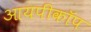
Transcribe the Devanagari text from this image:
आयपीकॉप